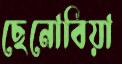
ছেনোবিয়া